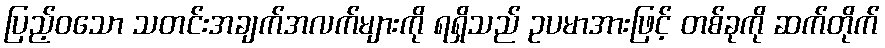
ပြည့်ဝသော သတင်းအချက်အလက်များကို ရရှိသည် ဥပမာအားဖြင့် တစ်ခုကို ဆက်တိုက်